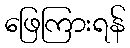
ဖြေကြားရန်